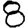
Digit: 8